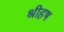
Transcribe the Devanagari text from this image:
श्रीहष